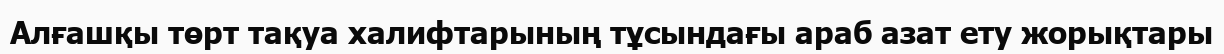
Алғашқы төрт тақуа халифтарының тұсындағы араб азат ету жорықтары